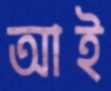
আই